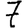
Digit: 7